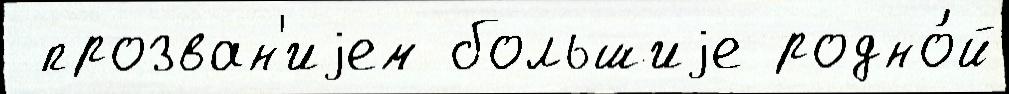
 прозван'иjем большиjе родно́й